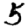
Digit: 5